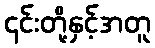
၎င်းတို့နှင့်အတူ